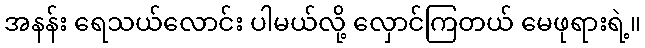
အနန်း ရေသယ်လောင်း ပါမယ်လို့ လှောင်ကြတယ် မေဖုရားရဲ့။